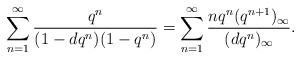
LaTeX: \begin{align*}\sum_{n=1}^{\infty}\frac{q^n}{(1-dq^n)(1-q^n)}=\sum_{n=1}^{\infty}\frac{nq^n(q^{n+1})_{\infty}}{(dq^n)_{\infty}}.\end{align*}